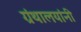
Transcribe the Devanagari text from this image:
ग्रंथालयांनी